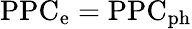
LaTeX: \mathrm{PPC_{\mathrm{e}}=\mathrm{PPC_{\mathrm{ph}}}}